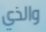
والذي